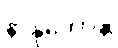
နာနုဘောန္တိ